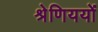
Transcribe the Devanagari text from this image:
श्रेणिययों